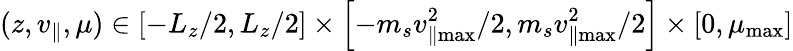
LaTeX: (z,v_{\parallel},\mu)\in\left[-L_{z}/2,L_{z}/2\right]\times\left[-m_{s}v_{\parallel\operatorname*{max}}^{2}/2,m_{s}v_{\parallel\operatorname*{max}}^{2}/2\right]\times\left[0,\mu_{\operatorname*{max}}\right]